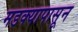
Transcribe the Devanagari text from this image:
मडक्यापासून